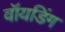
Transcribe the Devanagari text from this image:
वॉयडिंग